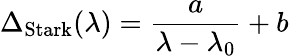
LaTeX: \Delta_{\mathrm{Stark}}(\lambda)=\frac{a}{\lambda-\lambda_{0}}+b